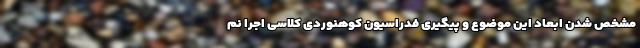
مشخص شدن ابعاد این موضوع و پیگیری فدراسیون کوهنوردی کلاسی اجرا نم